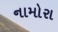
નામોરા